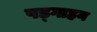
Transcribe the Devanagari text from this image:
पड्गाहन